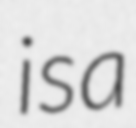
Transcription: is a